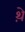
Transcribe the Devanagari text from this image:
थे़